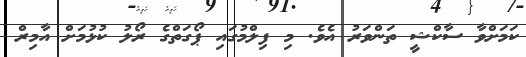
ކަމަށްވާ ސާކްޝީ ތަންވަރު އެވެ. މި ފިލްމުގައި ޕޯގަތްގެ ރޯލު ކުޅުމަށް އާމިރް